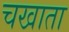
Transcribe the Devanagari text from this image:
चखाता